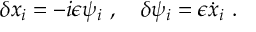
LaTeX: \delta x _ { i } = - i \epsilon \psi _ { i } \ , \quad \delta \psi _ { i } = \epsilon { \dot { x } } _ { i } \ .